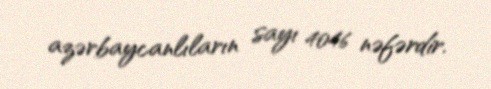
azərbaycanlıların sayı 4046 nəfərdir.